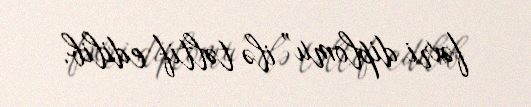
fəxri diplomu” ilə təltif edilib.